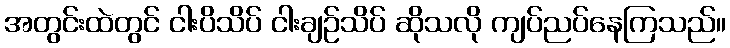
အတွင်းထဲတွင် ငါးပိသိပ် ငါးချဉ်သိပ် ဆိုသလို ကျပ်ညပ်နေကြသည်။